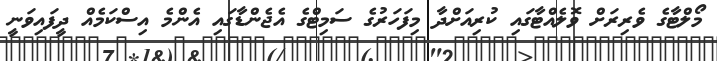
މޯލްޓާގެ ވެރިރަށް ވޮލެއްޓާގައި ކުރިއަށްދާ މިފަހަރުގެ ސަމިޓްގެ އެޖެންޑާގައި އެންމެ އިސްކަމެއް ދީފައިވަނީ